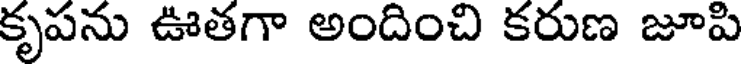
కృపను ఊతగా అందించి కరుణ జూపి